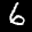
Label: 6